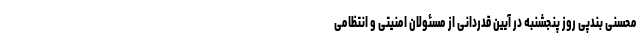
محسنی بندپی روز پنجشنبه در آیین قدردانی از مسئولان امنیتی و انتظامی